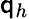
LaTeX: \mathsf{q}_{h}